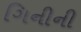
ગિનીની